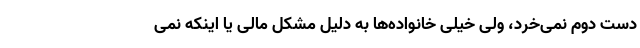
دست دوم نمی‌خرد، ولی خیلی خانواده‌ها به دلیل مشکل مالی یا اینکه نمی